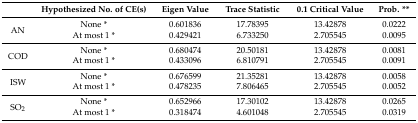
<table><thead><tr><td></td><td><b>Hypothesized No. of CE(s)</b></td><td><b>Eigen Value</b></td><td><b>Trace Statistic</b></td><td><b>0.1 Critical Value</b></td><td><b>Prob. **</b></td></tr></thead><tbody><tr><td rowspan="2">AN</td><td>None *</td><td>0.601836</td><td>17.78395</td><td>13.42878</td><td>0.0222</td></tr><tr><td>At most 1 *</td><td>0.429421</td><td>6.733250</td><td>2.705545</td><td>0.0095</td></tr><tr><td rowspan="2">COD</td><td>None *</td><td>0.680474</td><td>20.50181</td><td>13.42878</td><td>0.0081</td></tr><tr><td>At most 1 *</td><td>0.433096</td><td>6.810791</td><td>2.705545</td><td>0.0091</td></tr><tr><td rowspan="2">ISW</td><td>None *</td><td>0.676599</td><td>21.35281</td><td>13.42878</td><td>0.0058</td></tr><tr><td>At most 1 *</td><td>0.478235</td><td>7.806465</td><td>2.705545</td><td>0.0052</td></tr><tr><td rowspan="2">SO<sub>2</sub></td><td>None *</td><td>0.652966</td><td>17.30102</td><td>13.42878</td><td>0.0265</td></tr><tr><td>At most 1 *</td><td>0.318474</td><td>4.601048</td><td>2.705545</td><td>0.0319</td></tr></tbody></table>